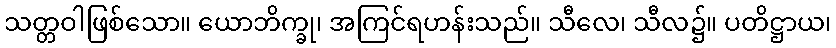
သတ္တဝါဖြစ်သော။ ယောဘိက္ခု၊ အကြင်ရဟန်းသည်။ သီလေ၊ သီလ၌။ ပတိဋ္ဌာယ၊